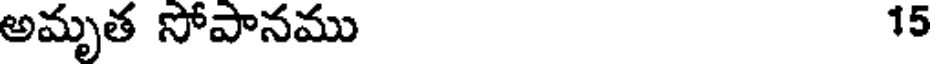
అమృత సోపానము 15